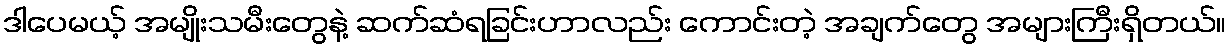
ဒါပေမယ့် အမျိုးသမီးတွေနဲ့ ဆက်ဆံရခြင်းဟာလည်း ကောင်းတဲ့ အချက်တွေ အများကြီးရှိတယ်။